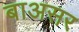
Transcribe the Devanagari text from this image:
बाअसर